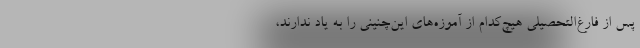
پس از فارغ‌التحصیلی هیچ‌کدام از آموزه‌های این‌چنینی را به یاد ندارند،